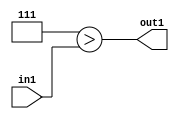
`timescale 1ps / 1ps
/*****************************************************************************
    Verilog RTL Description
    
    
    Created by: Stratus DpOpt 2019.1.04 
*******************************************************************************/

module fir_LessThan_1U_10_1 (
	in1,
	out1
	); /* architecture "behavioural" */ 
input [2:0] in1;
output  out1;
wire  asc001;

assign asc001 = (8'B00000111>in1);

assign out1 = asc001;
endmodule

/* CADENCE  urbyTw8= : u9/ySgnWtBlWxVbRXgAU4eg= ** DO NOT EDIT THIS LINE ******/